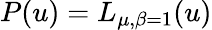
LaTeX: P(u)=L_{\mu,\beta=1}(u)